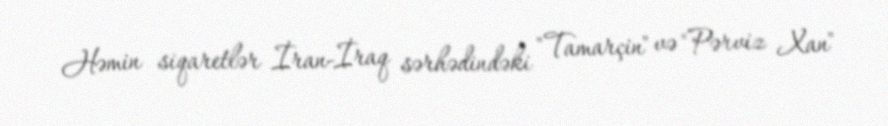
Həmin siqaretlər İran-İraq sərhədindəki "Tamarçin" və "Pərviz Xan"